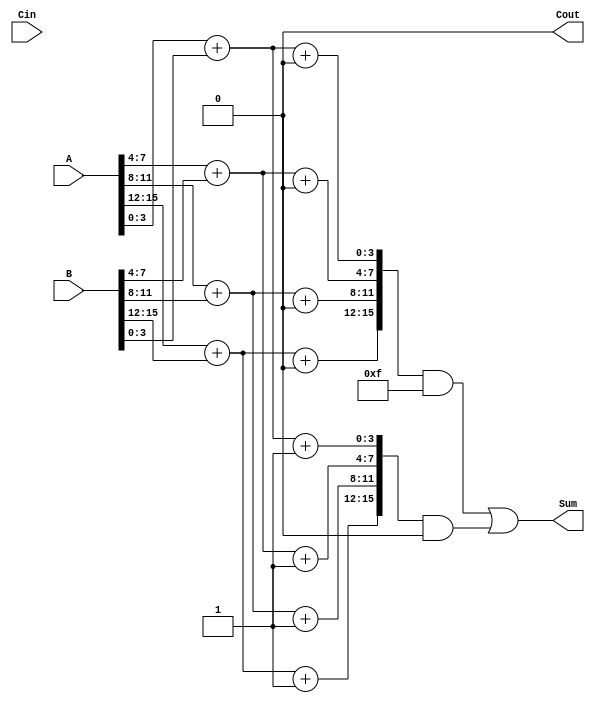
module HybridCarrySelectAdder (
    input [15:0] A,        // First 16-bit input
    input [15:0] B,        // Second 16-bit input
    input Cin,             // Carry-in
    output [15:0] Sum,     // 16-bit Sum output
    output Cout            // Carry-out
);

    // Internal signals for sums and carries
    wire [3:0] S0 [3:0];   // Sums when Cin = 0
    wire [3:0] S1 [3:0];   // Sums when Cin = 1
    wire C0 [3:0];         // Carry-out when Cin = 0
    wire C1 [3:0];         // Carry-out when Cin = 1
    wire C_out [3:0];      // Carry-out for each segment
    wire [3:0] MuxSel;     // MUX selection signals

    // Generate sums and carries for each segment
    genvar i;
    generate
        for (i = 0; i < 4; i = i + 1) begin : segment
            // Compute sums and carries for Cin = 0
            assign S0[i] = A[i*4 +: 4] + B[i*4 +: 4] + 4'b0000; // Sum for Cin = 0
            assign C0[i] = (A[i*4 +: 4] + B[i*4 +: 4]) >> 4; // Carry-out for Cin = 0
            
            // Compute sums and carries for Cin = 1
            assign S1[i] = A[i*4 +: 4] + B[i*4 +: 4] + 4'b0001; // Sum for Cin = 1
            assign C1[i] = (A[i*4 +: 4] + B[i*4 +: 4] + 1) >> 4; // Carry-out for Cin = 1
        end
    endgenerate

    // Determine carry-out for each segment
    assign C_out[0] = Cin;
    generate
        for (i = 1; i < 4; i = i + 1) begin : carry_propagation
            assign C_out[i] = C0[i-1] ? C1[i-1] : C0[i-1];
        end
    endgenerate

    // MUX selection for sums and carries
    assign MuxSel[0] = C_out[0];
    generate
        for (i = 1; i < 4; i = i + 1) begin : mux_selection
            assign MuxSel[i] = C_out[i];
        end
    endgenerate

    // Final sum and carry-out selection
    assign Sum = {S0[3], S0[2], S0[1], S0[0]} & {4{~MuxSel[3]}} | {S1[3], S1[2], S1[1], S1[0]} & {4{MuxSel[3]}};
    assign Cout = C_out[3];

endmodule